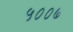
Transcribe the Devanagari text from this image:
५००७